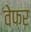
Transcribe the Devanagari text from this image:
वेफ़र